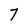
Character: 7